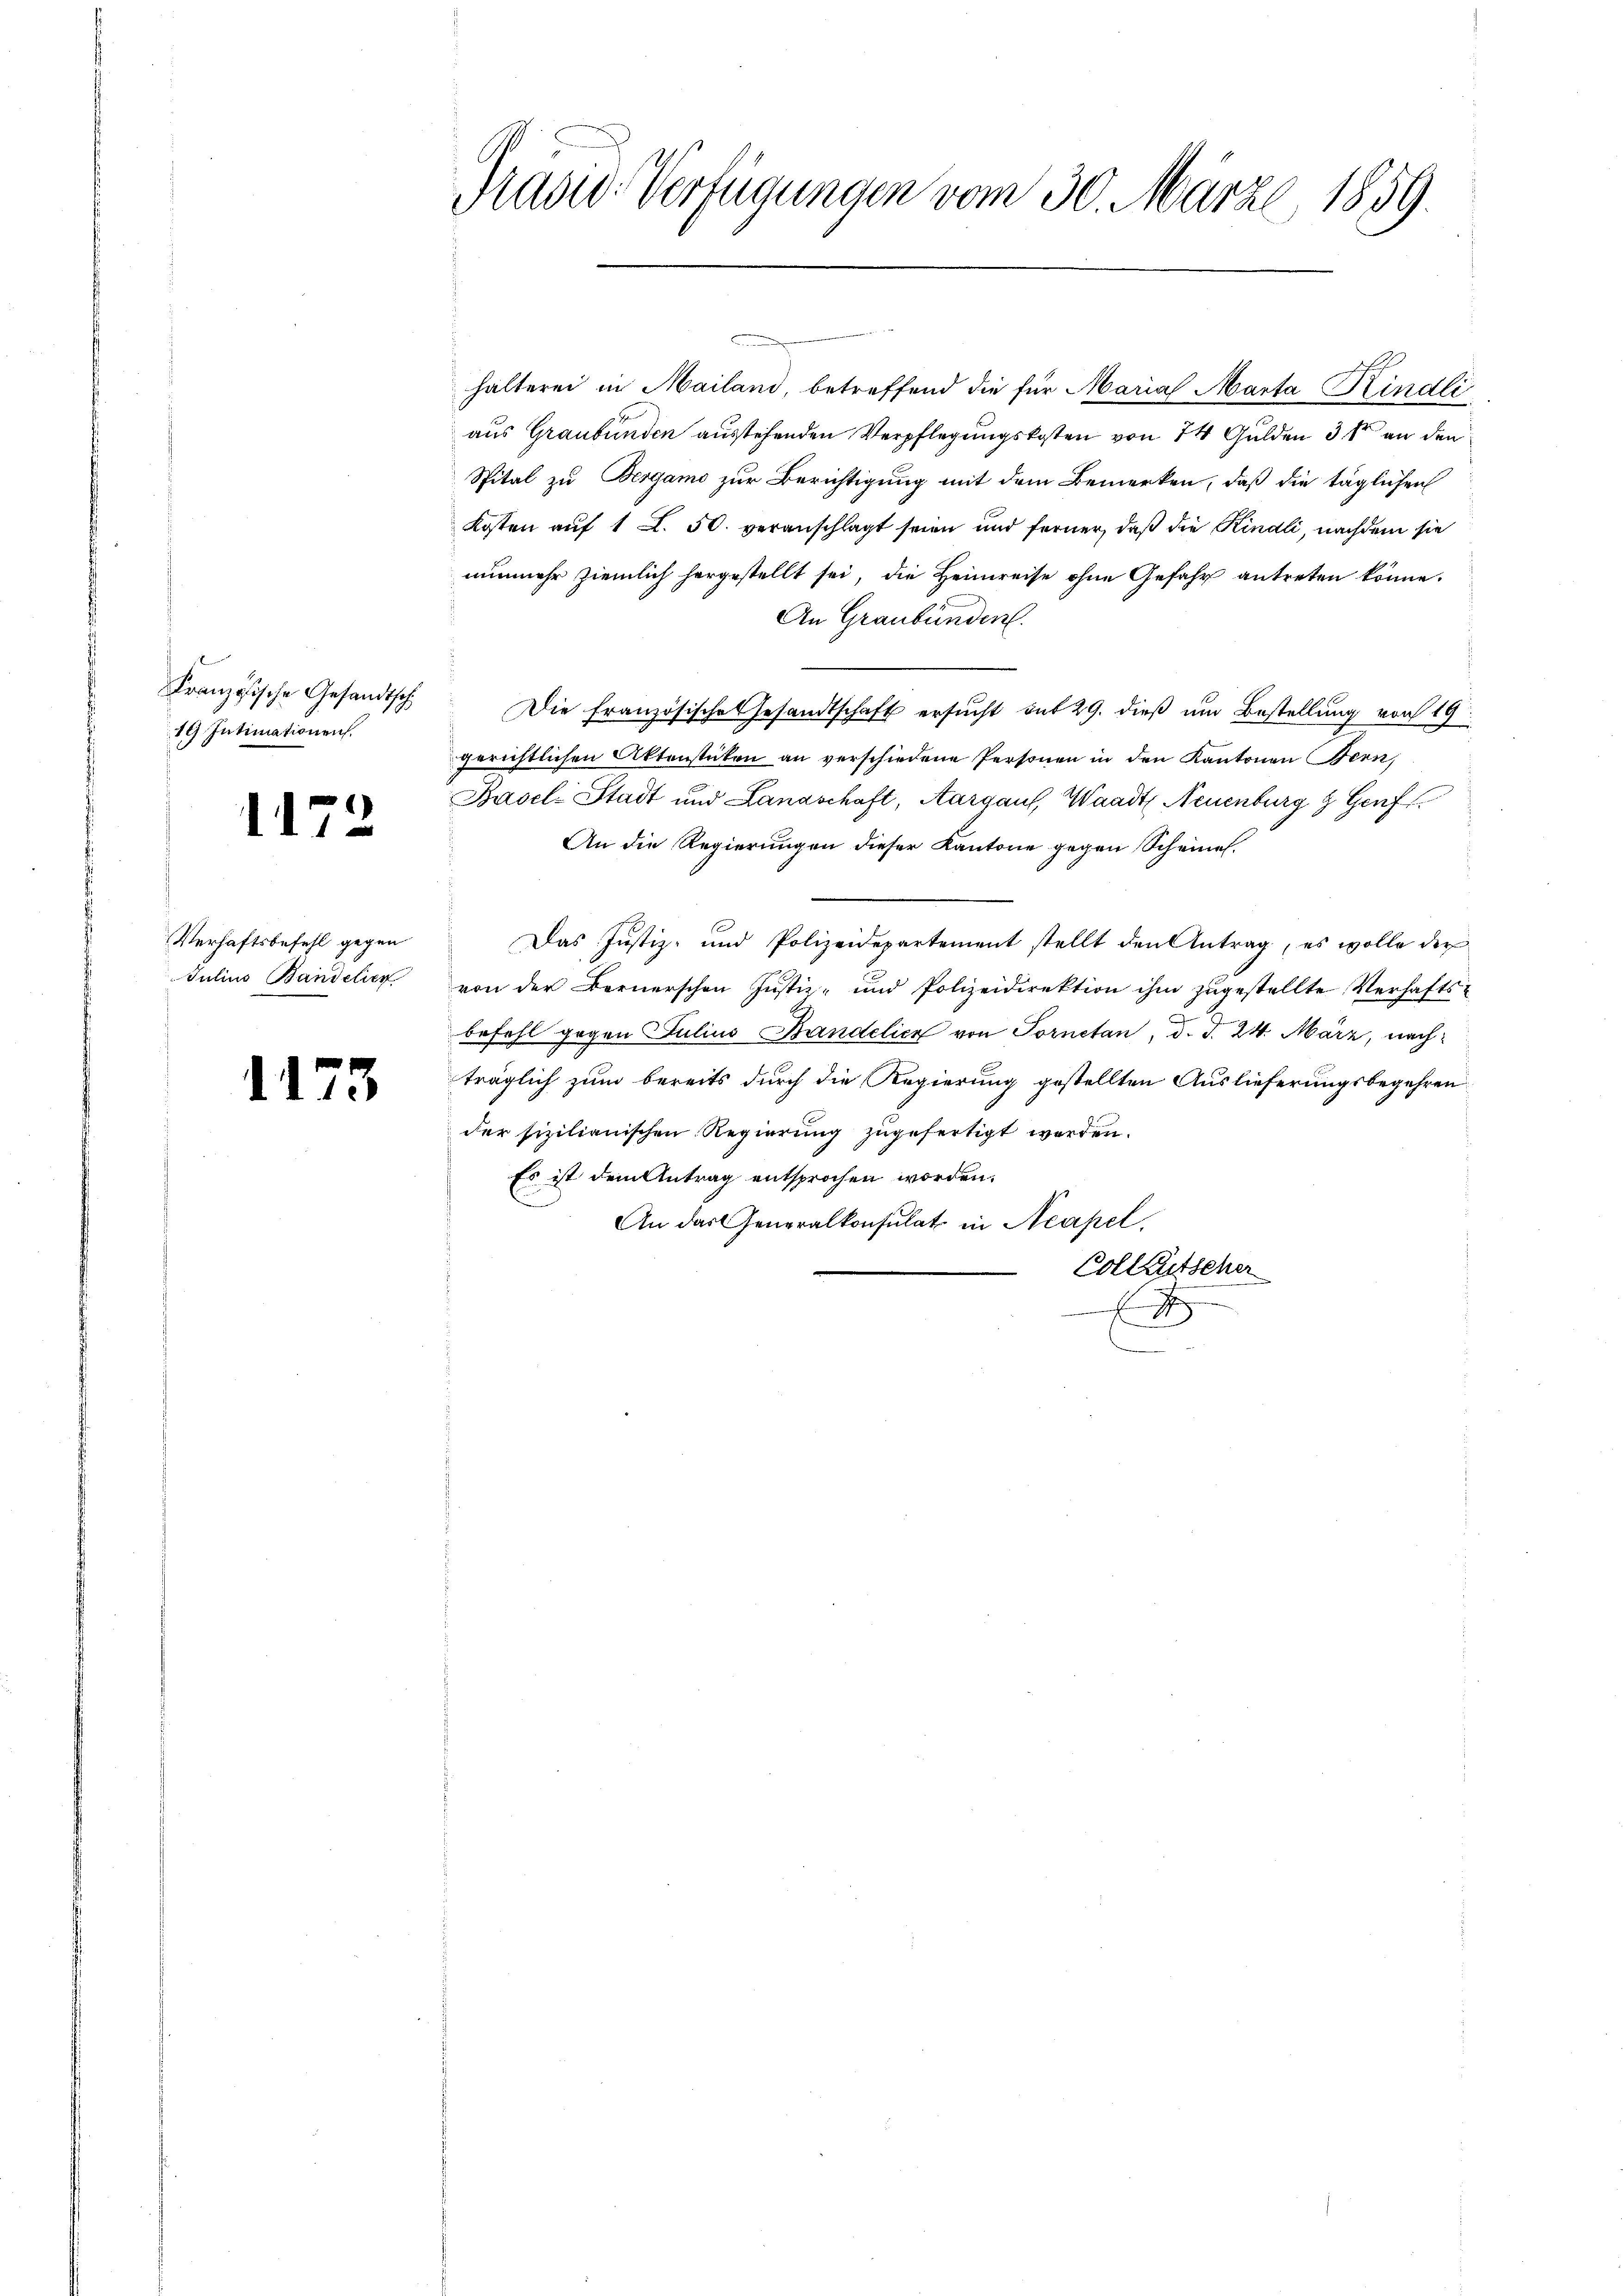
Französische Gesandtsch
19 Intimationen.

1172

hälterei in Mailand betreffend die für Marial Marta Kindli
aus Graubünden ausstehenden Verpflegungskosten von 74 Gulden 3 t an den
Spital zu Bergamo zur Berichtigung mit dem Bemerken, daß die täglichen
Kosten auf 1 L. 50. veranschlagt seien und ferner, daß die Kindli, nachdem sie
nunmehr ziemlich hergestellt sei, die Heimreise ohne Gefahr antreten könne.
An Graubünden.
Die französische Gesandtschaft ersucht mit 29. dieß um Bestellung von 19
gerichtlichen Aktenstücken an verschiedene Personen in den Kantonen Bern
Basel-Stadt und Landschaft, Aargaus, Waadt Neuenburg 9 Genf
An die Regierungen dieser Kantone gegen Scheines.
Das Justiz- und Polizeidepartement stellt den Antrag, es wolle der
von der Bernerschen Justiz- und Polizeidirektion ihm zugestellte Verhaftsbefehl gegen Julius Bandelich von Tornetan, d. d. 24. März, nachträglich zum bereits durch die Regierung gestellten Auslieferungsbegehren
der fizilianischen Regierung zugefertigt worden.
Es ist dem Antrag entsprochen worden.
An das Generalkonsulat in Neapel
Colleutsche
x
C

Verhaftsbefehl gegen
Julius Bandelien

1173

Präsid. Verfügungen vom 30. Märze, 1859.